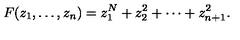
F ( z _ { 1 } , \ldots , z _ { n } ) = z _ { 1 } ^ { N } + z _ { 2 } ^ { 2 } + \cdots + z _ { n + 1 } ^ { 2 } .